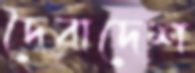
দৈবাদেশ